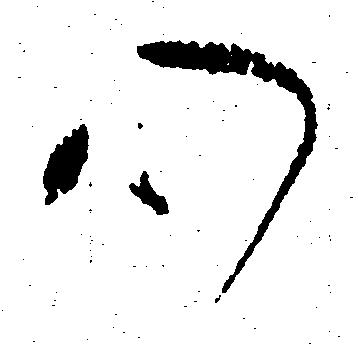
心